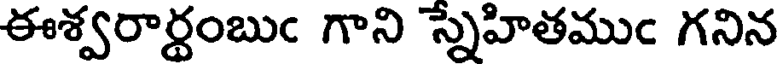
ఈశ్వరార్థంబుఁ గాని స్నేహితముఁ గనిన